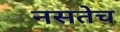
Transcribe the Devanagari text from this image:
नसतेच